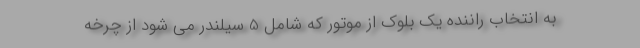
به انتخاب راننده یک بلوک از موتور که شامل 5 سیلندر می شود از چرخه